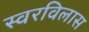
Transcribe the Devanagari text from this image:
स्वरविलास